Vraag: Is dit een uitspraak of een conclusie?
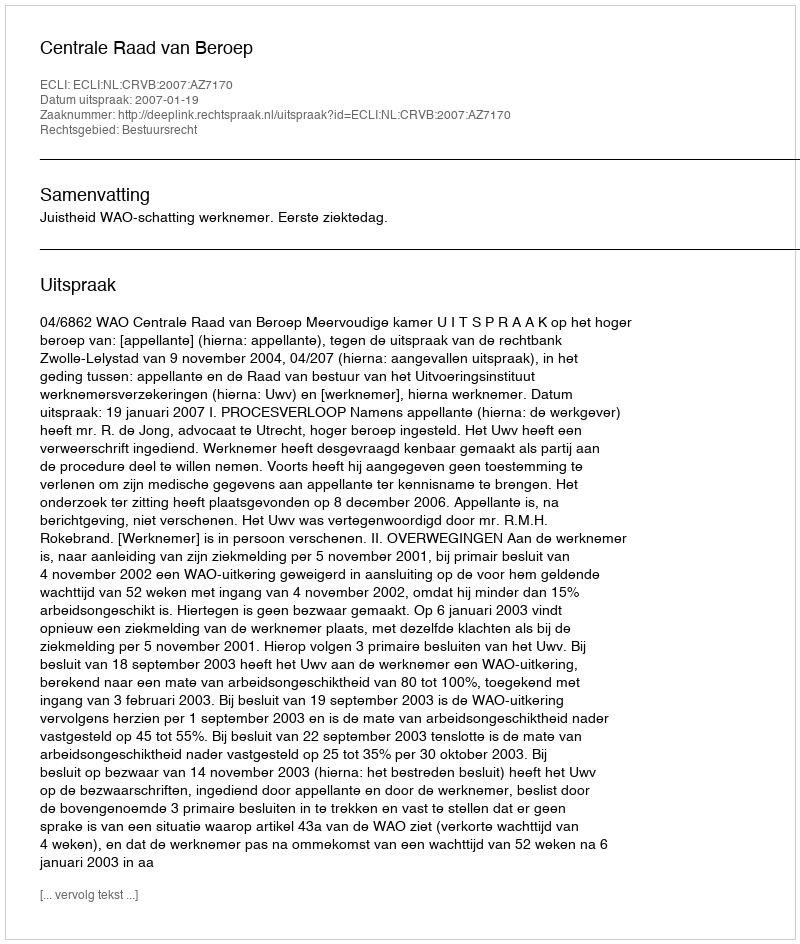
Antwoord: Uitspraak